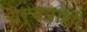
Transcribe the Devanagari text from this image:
चर्चपाशी